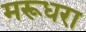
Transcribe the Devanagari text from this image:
मरूधरा